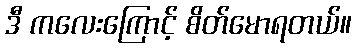
ဒီ ကလေးကြောင့် စိတ်မောရတယ်။